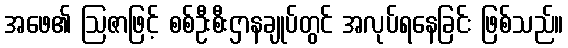
အဖေ၏ ဩဇာဖြင့် စစ်ဦးစီးဌာနချုပ်တွင် အလုပ်ရနေခြင်း ဖြစ်သည်။